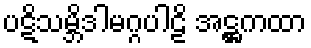
ပဋိသမ္ဘိဒါမဂ္ဂပါဠိ အဋ္ဌကထာ